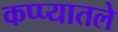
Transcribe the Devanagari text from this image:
कप्प्यातले